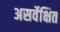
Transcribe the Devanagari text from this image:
असर्वेक्षित